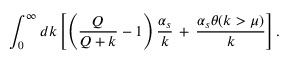
\int _ { 0 } ^ { \infty } d k \left[ \left( \frac { Q } { Q + k } - 1 \right) \frac { \alpha _ { s } } { k } \, + \, \frac { \alpha _ { s } \theta ( k > \mu ) } { k } \right] .